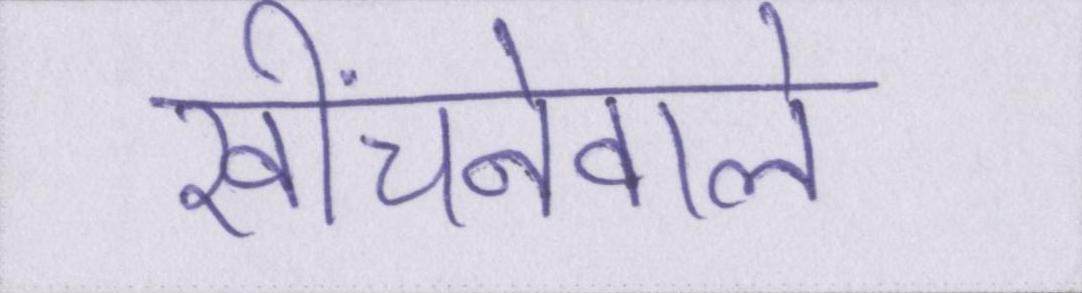
खींचनेवाले